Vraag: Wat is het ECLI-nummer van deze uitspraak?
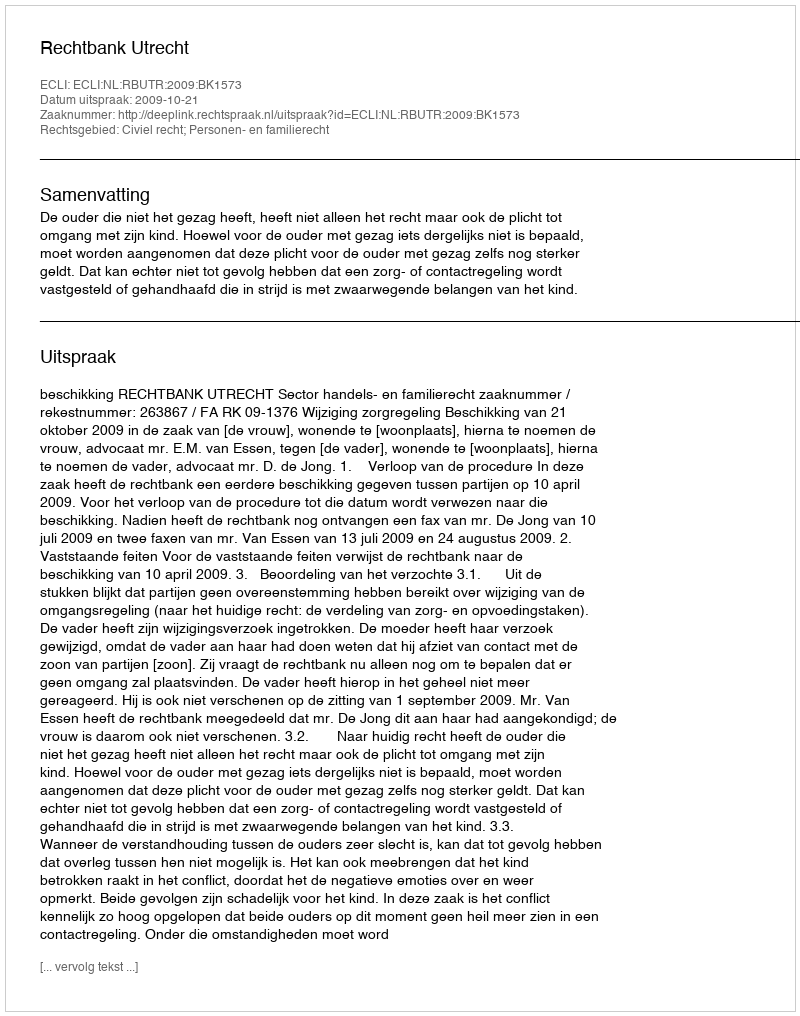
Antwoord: ECLI:NL:RBUTR:2009:BK1573